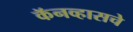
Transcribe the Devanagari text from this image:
कॅनव्हासचे